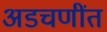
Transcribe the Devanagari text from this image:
अडचणींत